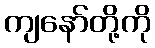
ကျနော်တို့ကို